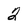
Character: 2